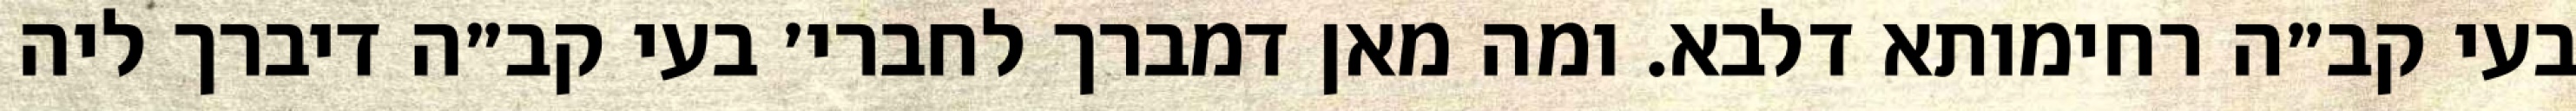
בעי קב״ה רחימותא דלבא. ומה מאן דמברך לחברי׳ בעי קב״ה דיברך ליה